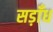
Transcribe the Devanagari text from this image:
सड़ाँध